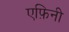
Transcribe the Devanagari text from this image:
एफ़िनी